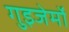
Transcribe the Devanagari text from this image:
गुइजेर्मो